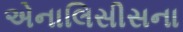
એનાલિસીસના